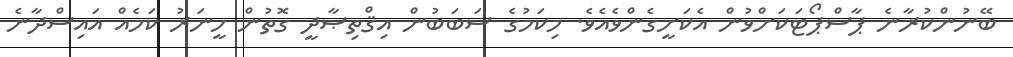
ބޭނުންކުރާނެ ޕާސްޕޯޓަކަށްވުން އެކަށީގެންވެއެވެ. މިކަމުގެ ސަބަބުން އިޤްތިޞާދީ ގޮތުން ހީނަރު ކަމެއް އައިސްދާނެ